Report on the Nagpur School of Medicine, Central Provinces
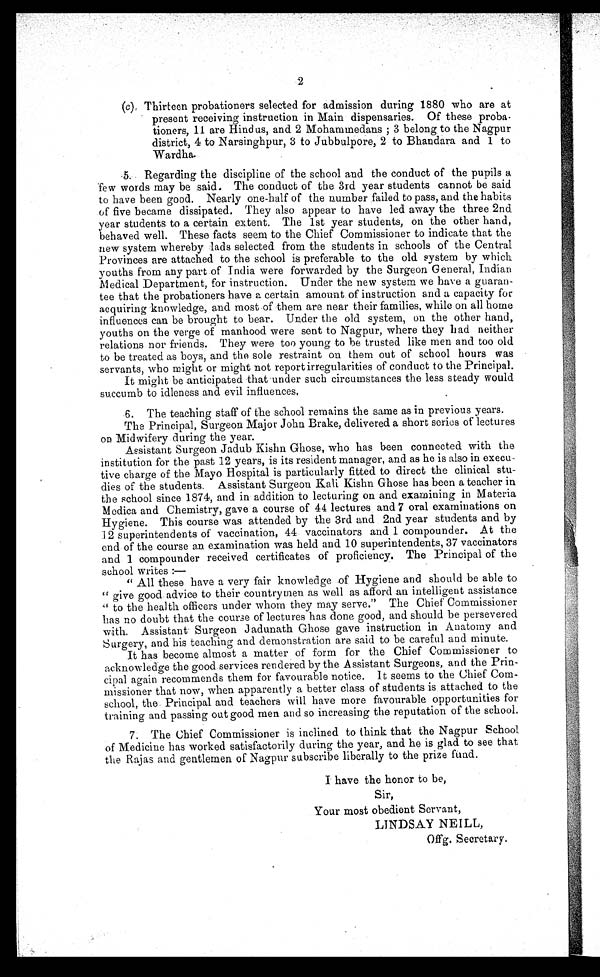
2
(c) Thirteen probationers selected for admission during 1880 who are at
present receiving instruction in Main dispensaries. Of these proba
- t i o n e r s , 1 1 a r e H i n d u s , a n d 2 M o h a m m e d a n s ; 3 b e l o n g t o t h e N a g p u r
district, 4 to Narsinghpur, 3 to Jubbulpore, 2 to Bhandara and 1 to
Wardha.
.5. Regarding the discipline of the school and the conduct of the pupils a
few words may be said. The conduct of the 3rd year students cannot be said
to have been good. Nearly one-half of the number failed to pass, and the habits
of five became dissipated. They also appear to have led away the three 2nd
year students to a certain extent. The 1st year students, on the other hand,
behaved well. These facts seem to the Chief Commissioner to indicate that the
new system whereby lads selected from the students in schools of the Central
Provinces are attached to the school is preferable to the old system by which
youths from any part of India were forwarded by the Surgeon General, Indian
Medical Department, for instruction. Under the new system we have a guaran
-tee that the probationers have a certain amount of instruction and a capacity for
acquiring knowledge, and most of them are near their families, while on all home
influences can be brought to bear. Under the old system, on the other hand,
youths on the verge of manhood were sent to Nagpur, where they had neither
relations nor friends. They were too young to be trusted like men and too old
to be treated as boys, and the sole restraint on them out of school hours was
servants, who might or might not report irregularities of conduct to the Principal.
It might be anticipated that under such circumstances the less steady would
succumb to idleness and evil influences.
6. The teaching staff of the school remains the same as in previous years.
The Principal, Surgeon Major John Brake, delivered a short series of lectures
on Midwifery during the year.
Assistant Surgeon Jadub Kishn Ghose, who has been connected with the
institution for the past 12 years, is its resident manager, and as he is also in execu
-tive charge of the Mayo Hospital is particularly fitted to direct the clinical stu
-dies of the students. Assistant Surgeon Kali Kishn Ghose has been a teacher in
the school since 1874, and in addition to lecturing on and examining in Materia
Modica and Chemistry, gave a course of 44 lectures and 7 oral examinations on
Hygiene. This course was attended by the 3rd and 2nd year students and by
1 2 s u p e r i n t e n d e n t s o f v a c c i n a t i o n , 4 4 v a c c i n a t o r s a n d 1 c o m p o u n d e r . A t t h e
end of the course an examination was held and 10 superintendents, 37 vaccinators
and 1 compounder received certificates of proficiency. The Principal of the
school writes:—
" All these have a very fair knowledge of Hygiene and should be able to
"give good advice to their countrymen as well as afford an intelligent assistance
" t o t h e h e a l t h o f f i c e r s u n d e r w h o m t h e y m a y s e r v e . " T h e C h i e f C o m m i s s i o n e r
has no doubt that the course of lectures has done good, and should be persevered
with. Assistant Surgeon Jadunath Ghose gave instruction in Anatomy and
Surgery, and his teaching and demonstration are said to be careful and minute.
It has become almost a matter of form for the Chief Commissioner to
acknowledge the good services rendered by the Assistant Surgeons, and the Prin
-cipal again recommends them for favourable notice. It seems to the Chief Com
- m i s s i o n e r t h a t n o w , w h e n a p p a r e n t l y a b e t t e r c l a s s o f s t u d e n t s i s a t t a c h e d t o t h e
school, the Principal and teachers will have more favourable opportunities for
training and passing out good men and so increasing the reputation of the school.
7. The Chief Commissioner is inclined to think that the Nagpur School
of Medicine has worked satisfactorily during the year, and he is glad to see that
the Rajas and gentlemen of Nagpur subscribe liberally to the prize fund.
I have the honor to be,
Sir,
Your most obedient Servant,
LINDSAY NEILL,
Offg. Secretary.